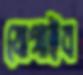
যোগাইব